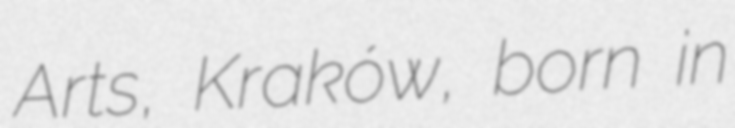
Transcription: Arts, Kraków, born in